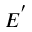
E ^ { ' }